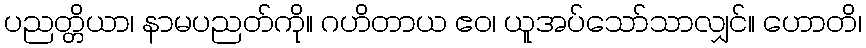
ပညတ္တိယာ၊ နာမပညတ်ကို။ ဂဟိတာယ ဧဝ၊ ယူအပ်သော်သာလျှင်။ ဟောတိ၊